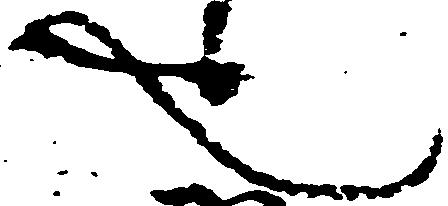
也